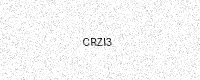
Text: CRZI3